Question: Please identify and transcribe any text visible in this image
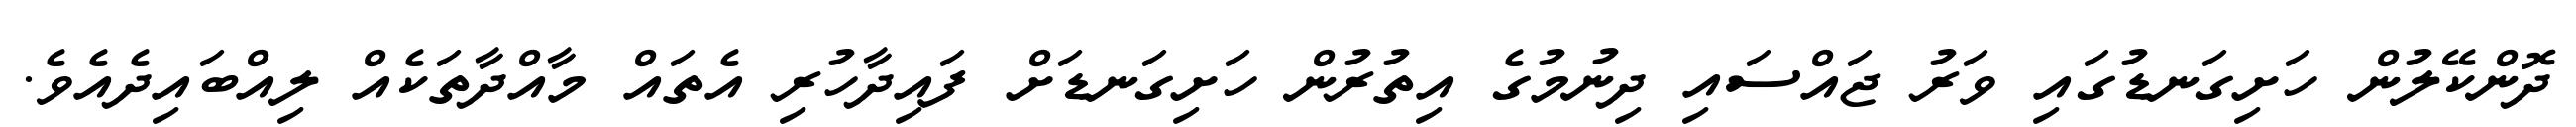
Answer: ދޮންކޭލުން ހަށިގަނޑުގައި ވަރު ޖައްސައި ދިނުމުގެ އިތުރުން ހަށިގަނޑަށް ފައިދާހުރި އެތައް މާއްދާތަކެއް ލިއްބައިދެއެވެ.